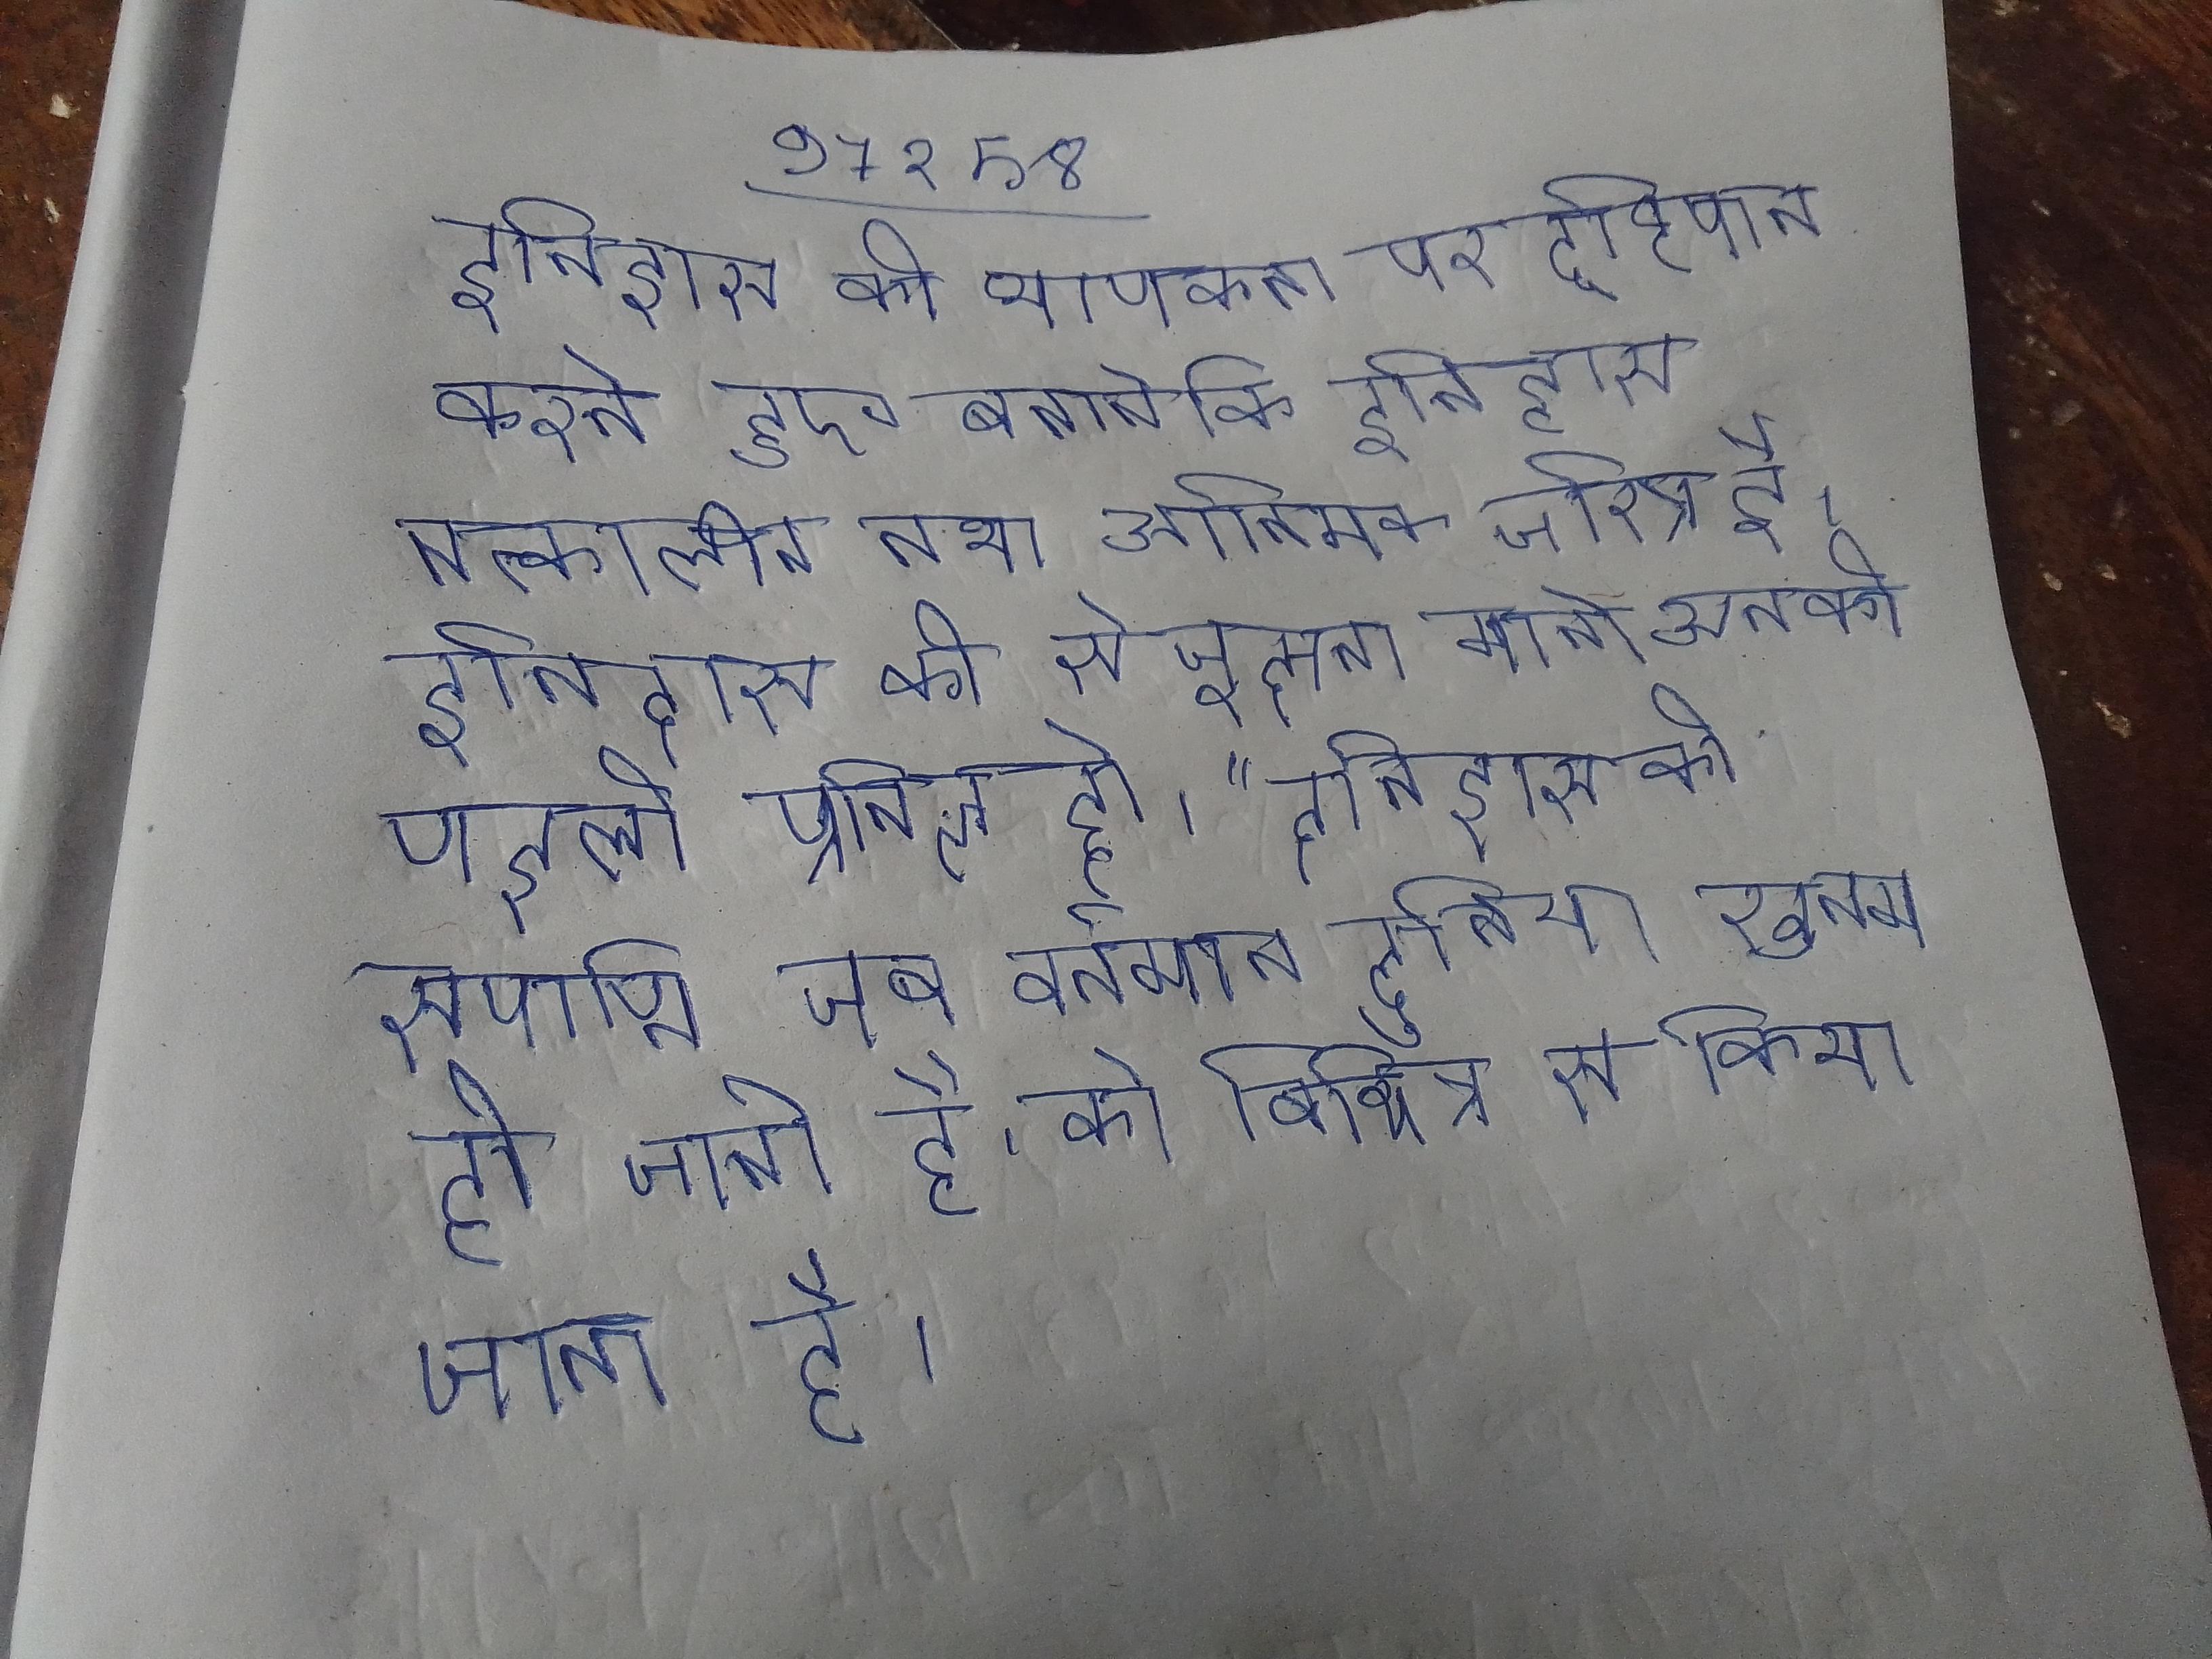
इतिहास की व्यापकता पर दृष्टिपात करते हुए बताते कि इतिहास तत्कालीन समाज का भौतिक तथा आत्मिक चरित्र है । इतिहास की से जूझना मानो उनकी पहली प्रतिज्ञा हो । "इतिहास की समाप्ति, जब वर्तमान दुनिया खत्म हो जाती है, को विभिन्न से किया जाता है ।